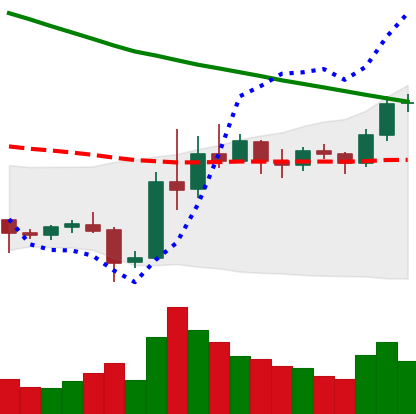
Ticker: EOS-USD
Chart end date: 2019-11-06
Forward return: -4.847%
Label: down_3_5